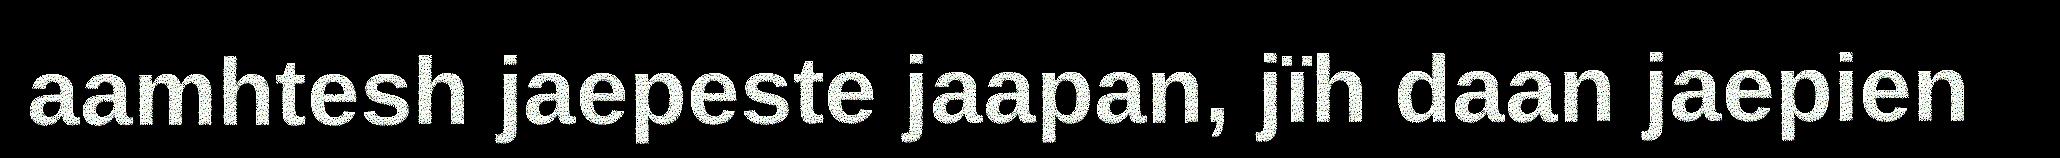
aamhtesh jaepeste jaapan, jïh daan jaepien